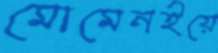
মোমেনইয়ে